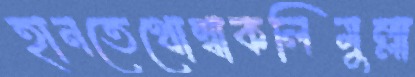
হানতেথোম্বাকলিমুল্লা